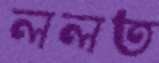
ললত